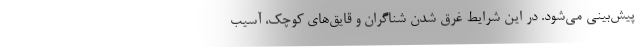
پیش‌بینی می‌شود. در این شرایط غرق شدن شناگران و قایق‌های کوچک، آسیب